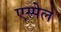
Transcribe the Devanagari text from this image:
एस्पेल